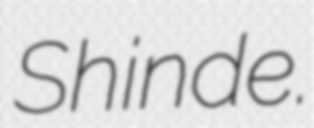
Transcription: Shinde.